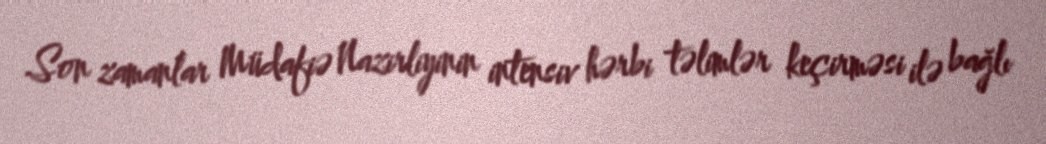
Son zamanlar Müdafiə Nazirliyinin intensiv hərbi təlimlər keçirməsi ilə bağlı